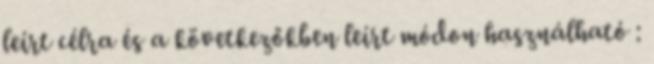
leírt célra és a következőkben leírt módon használható :